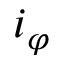
i _ { \varphi }